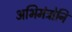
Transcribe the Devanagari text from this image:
अभिमंत्रोनि